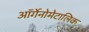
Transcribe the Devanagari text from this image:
ऑर्गेनोमेटालिक